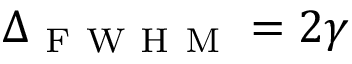
\Delta _ { \mathrm { ~ F ~ W ~ H ~ M ~ } } = 2 \gamma